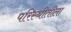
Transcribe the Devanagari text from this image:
परिस्थीतीला